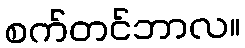
စက်တင်ဘာလ။